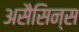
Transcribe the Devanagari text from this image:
असैसिन्स